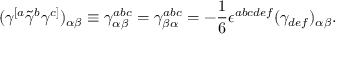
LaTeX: ( \gamma ^ { [ a } \tilde { \gamma } ^ { b } \gamma ^ { c ] } ) _ { \alpha \beta } \equiv \gamma _ { \alpha \beta } ^ { a b c } = \gamma _ { \beta \alpha } ^ { a b c } = - { \frac { 1 } { 6 } } \epsilon ^ { a b c d e f } ( \gamma _ { d e f } ) _ { \alpha \beta } .